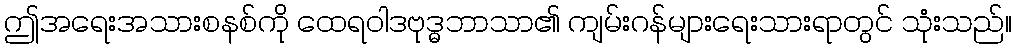
ဤအရေးအသားစနစ်ကို ထေရဝါဒဗုဒ္ဓဘာသာ၏ ကျမ်းဂန်များရေးသားရာတွင် သုံးသည်။